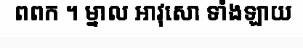
ពពក ។ ម្នាល អាវុសោ ទាំងឡាយ